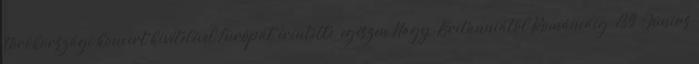
törökországi koncert kivételével Európát érintette, egészen Nagy-Britanniától Romániáig. 139 Június